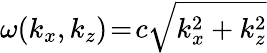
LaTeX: \omega(k_{x},k_{z})\! =\! c\sqrt{k_{x}^{2}+k_{z}^{2}}